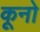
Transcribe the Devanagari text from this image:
कूनो